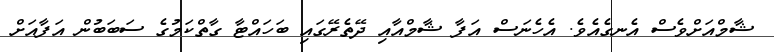
ޝާމްއަށްވެސް އެނގެއެވެ. އެހެނަސް އަފާ ޝާމްއާއި ދޭތެރޭގައި ބަހައްޓާ ގާތްކަމުގެ ސަބަބުން އަފާއަށް